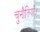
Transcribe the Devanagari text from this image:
चुनौतियाँ।